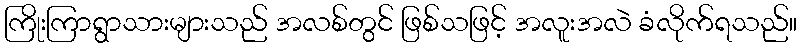
ကြိုးကြာရွာသားများသည် အလစ်တွင် ဖြစ်သဖြင့် အလူးအလဲ ခံလိုက်ရသည်။